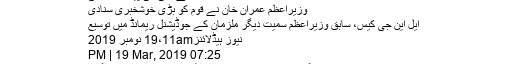
تھرکول سےبجلی کی پیداوار شروع
وزیراعظم عمران خان نے قوم کو بڑی خوشخبری سنادی
ایل این جی کیس، سابق وزیراعظم سمیت دیگر ملزمان کے جوڈیشنل ریمانڈ میں توسیع
نیوز ہیڈلائنز19،11am نومبر 2019
07:25 PM | 19 Mar, 2019
تھر(24 نیوز) اب تھر بدلے گا پاکستان، محترمہ بینظیربھٹو شہید کا خواب پورا ہوگیا ۔